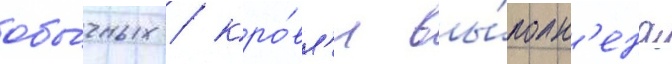
обы́чных / кро́вл'я вы́полн'ена